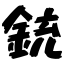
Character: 銃